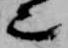
也